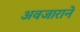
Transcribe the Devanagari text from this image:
अवजाराने